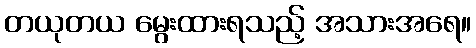
တယုတယ မွေးထားရသည့် အသားအရေ။